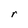
Character: r